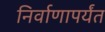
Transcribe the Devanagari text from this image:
निर्वाणापर्यंत